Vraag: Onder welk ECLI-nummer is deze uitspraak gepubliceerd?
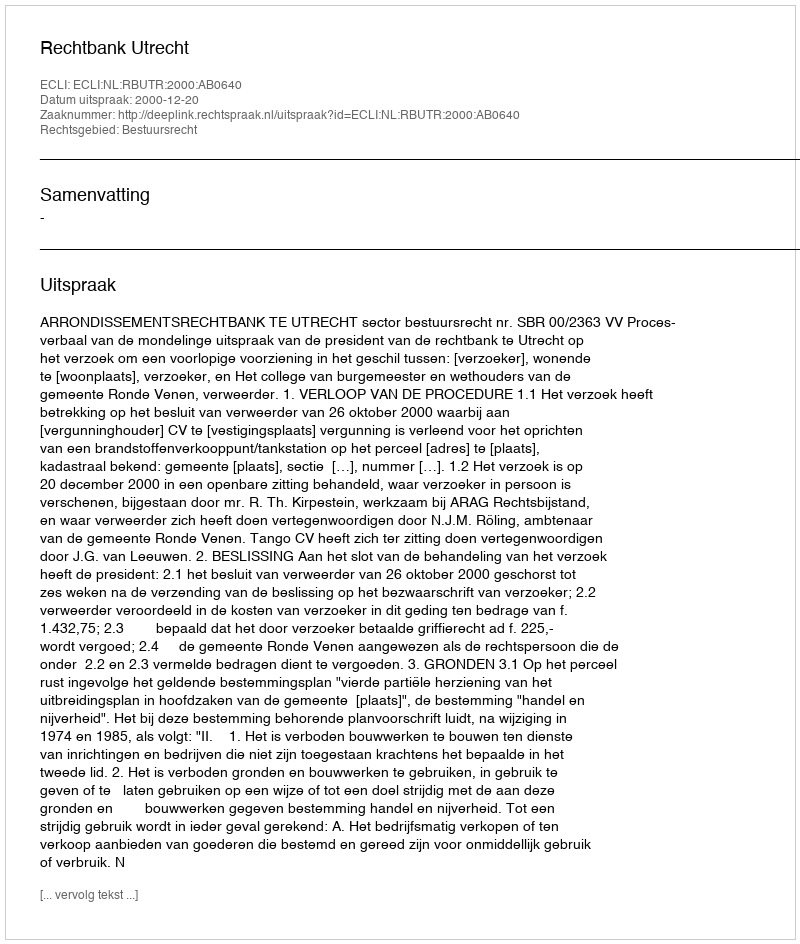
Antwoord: ECLI:NL:RBUTR:2000:AB0640